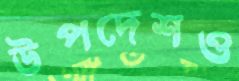
উপদেশও